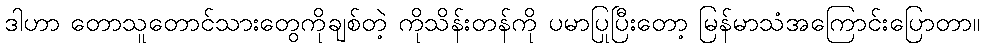
ဒါဟာ တောသူတောင်သားတွေကိုချစ်တဲ့ ကိုသိန်းတန်ကို ပမာပြုပြီးတော့ မြန်မာသံအကြောင်းပြောတာ။